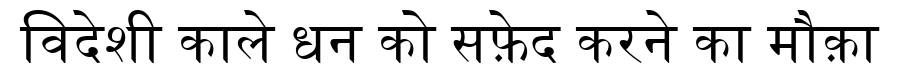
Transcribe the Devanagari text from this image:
विदेशी काले धन को सफ़ेद करने का मौक़ा